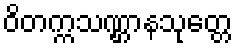
ဝိတက္ကသဏ္ဌာနသုတ္တေ